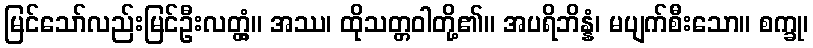
မြင်သော်လည်းမြင်ဦးလတ္တံ့။ အဿ၊ ထိုသတ္တဝါတို့၏။ အပရိဘိန္နံ၊ မပျက်စီးသော။ စက္ခု၊